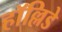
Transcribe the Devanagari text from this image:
हॉल्लिडे